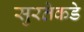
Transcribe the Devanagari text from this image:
सुरतेकडे